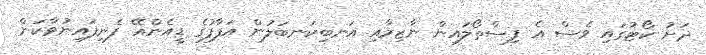
ދަށު ކޯޓުގައި ވެސް އެ ފިސްތޯލައިން ނާޒިމާއި އަނބިކަނބަލުން އަފާފުގެ ޑީއެންއޭ ފެނިފައިނުވާކަން